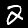
Digit: 2